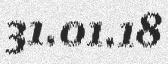
31.01.18